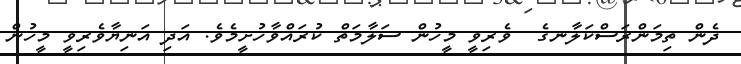
ދެން ތިމަންރަސްކަލާނގެ  ވެރިވީ މީހުން ސަލާމަތް ކުރައްވާހުށީމެވެ. އަދި އަނިޔާވެރިވީ މީހުން